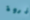
ذروة